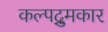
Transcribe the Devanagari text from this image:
कल्पद्रुमकार